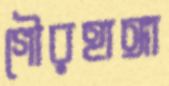
গৌরহাঙ্গা